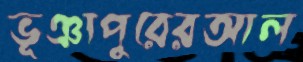
ভূঞাপুরেরআল